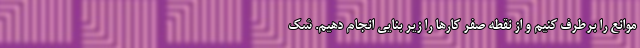
موانع را برطرف کنیم و از نقطه صفر کارها را زیر بنایی انجام دهیم. شک